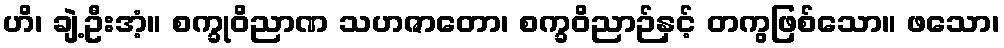
ဟိ၊ ချဲ့ဦးအံ့။ စက္ခုဝိညာဏ သဟဇာတော၊ စက္ခဝိညာဉ်နှင့် တကွဖြစ်သော။ ဖသော၊